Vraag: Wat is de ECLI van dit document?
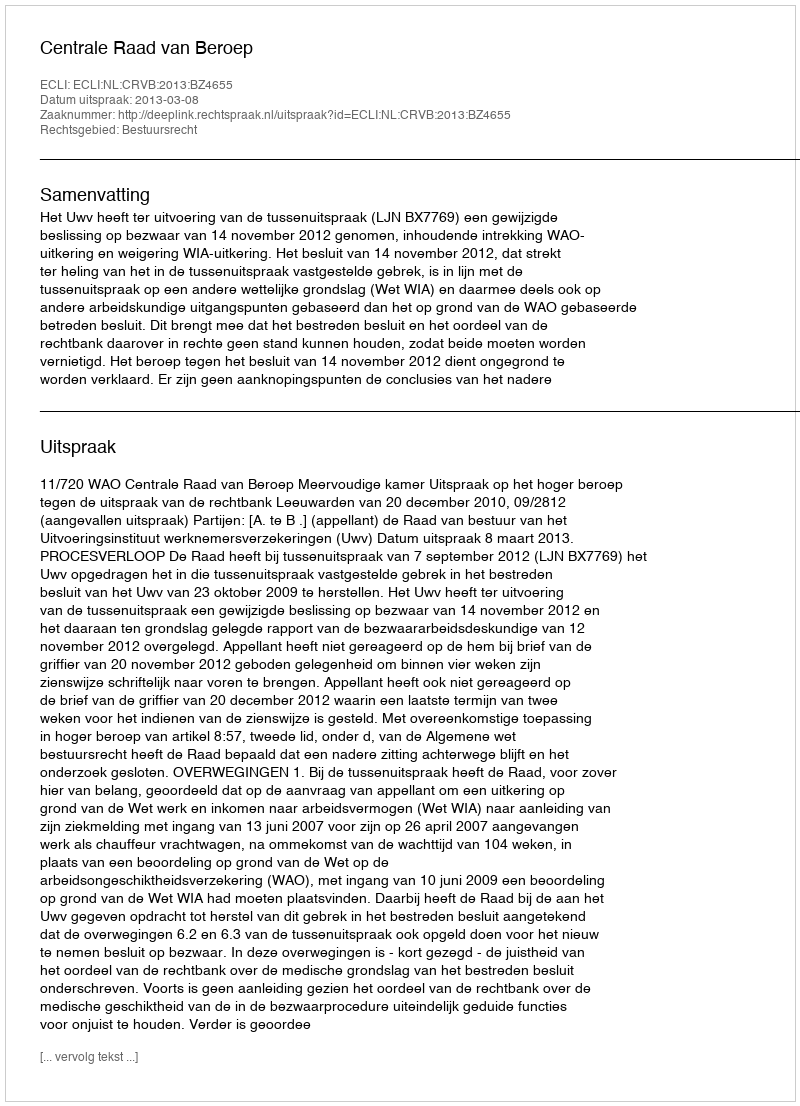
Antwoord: ECLI:NL:CRVB:2013:BZ4655